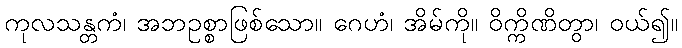
ကုလသန္တကံ၊ အဘဥစ္စာဖြစ်သော။ ဂေဟံ၊ အိမ်ကို။ ဝိက္ကိဏိတွာ၊ ဝယ်၍။